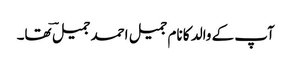
آپ کے والد کا نام جمیل احمد جمیلؔ تھا۔